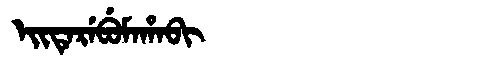
Manchu: ᡝᡳᡨᡝᡵᡝᠪᡠᠮᠠᡥᠠᠪᡳ
Romanization: EITEREBUMAHABI